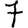
Digit: 7